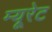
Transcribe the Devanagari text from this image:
म्यूरेट